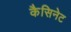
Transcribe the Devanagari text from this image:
कैसिनेट